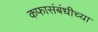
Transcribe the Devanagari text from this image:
कफासंबंधीच्या